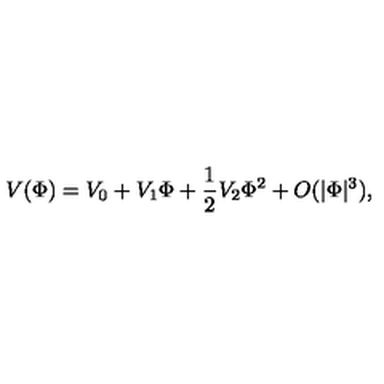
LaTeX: V ( \Phi ) = V _ { 0 } + V _ { 1 } \Phi + \frac { 1 } { 2 } V _ { 2 } \Phi ^ { 2 } + O ( | \Phi | ^ { 3 } ) ,